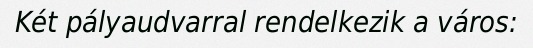
Két pályaudvarral rendelkezik a város: